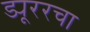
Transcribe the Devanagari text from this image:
ड्यूररचा